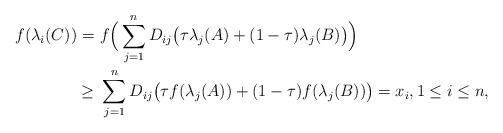
LaTeX: \begin{align*}f(\lambda_i(C)) =&\ f\Big(\sum_{j=1}^nD_{ij}\big(\tau \lambda_j(A)+(1-\tau) \lambda_j(B)\big)\Big)\\\geq&\ \sum_{j=1}^nD_{ij}\big(\tau f(\lambda_j(A))+(1-\tau) f(\lambda_j(B))\big) = x_i,1\leq i\leq n,\end{align*}